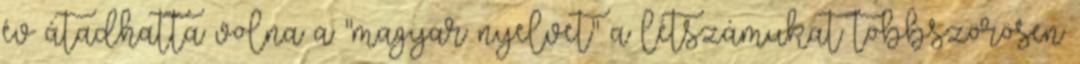
év átadhatta volna a "magyar nyelvet" a létszámukat többszörösen